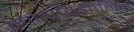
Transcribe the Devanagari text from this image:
मानोविज्ञानिक